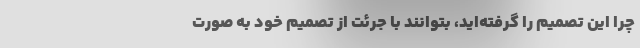
چرا این تصمیم را گرفته‌اید، بتوانند با جرئت از تصمیم خود به‌ صورت